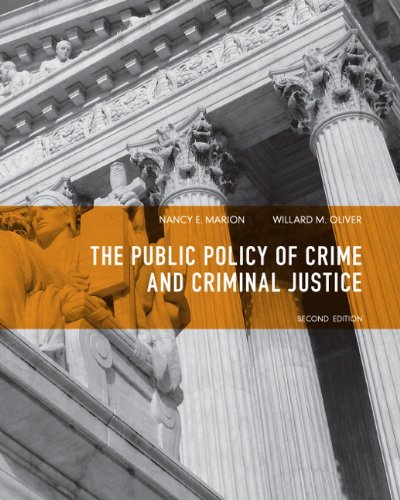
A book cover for Public Policy of Crime and Criminal Justice (2nd Edition); Nancy E. Marion; Law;